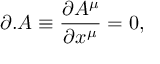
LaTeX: \partial . A \equiv \frac { \partial A ^ { \mu } } { \partial x ^ { \mu } } = 0 ,